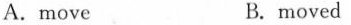
A. move B. moved